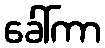
ခေါ်ကာ